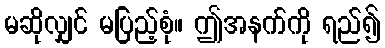
မဆိုလျှင် မပြည့်စုံ။ ဤအနက်ကို ရည်၍